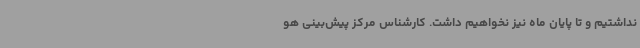
نداشتیم و تا پایان ماه نیز نخواهیم داشت. کارشناس مرکز پیش‌بینی هو